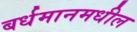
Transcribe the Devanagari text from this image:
बर्धमानमधील